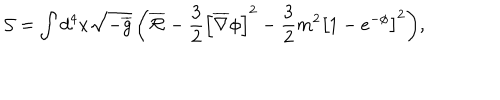
LaTeX: \mathcal { S } = \int { d ^ { 4 } x \sqrt { - \overline { { { g } } } } \left( \overline { { { \mathcal { R } } } } - \frac { 3 } { 2 } \left[ \overline { { { \nabla } } } \phi \right] ^ { 2 } - \frac { 3 } { 2 } m ^ { 2 } \left[ 1 - e ^ { - \phi } \right] ^ { 2 } \right) } ,